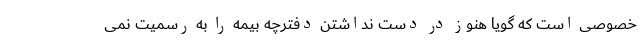
خصوصی است که گویا هنوز در دست نداشتن دفترچه بیمه را به رسمیت نمی‌